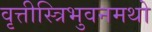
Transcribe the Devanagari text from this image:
वृत्तीस्त्रिभुवनमथो